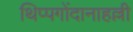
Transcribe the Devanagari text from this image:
थिप्पगोंदानाहल्ली